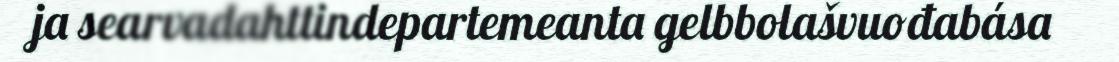
ja searvadahttindepartemeanta gelbbolašvuođabása